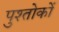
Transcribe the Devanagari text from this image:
पुश्तोकों